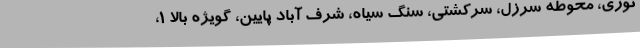
نوری، محوطه سرزل، سرکشتی، سنگ سیاه، شرف آباد پایین، گویژه بالا 1،